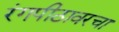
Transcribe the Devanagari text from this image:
रंगपीठावरचा